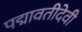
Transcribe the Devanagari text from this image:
पद्मावतीदेवी